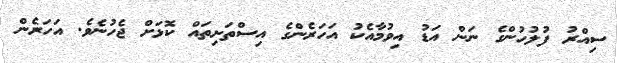
ސިއްރު ފުލުހުންގެ ނަން އަޑު އިވުމާއެކު އަހަރެންގެ އިސްތަށިތައް ކޮޅަށް ޖެހުނެވެ. އަހަރެން